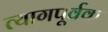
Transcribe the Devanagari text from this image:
त्यागपूर्वक